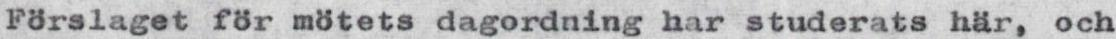
Förslaget för mötets dagordning har studerats här, och